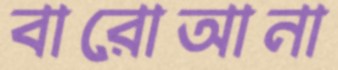
বারোআনা